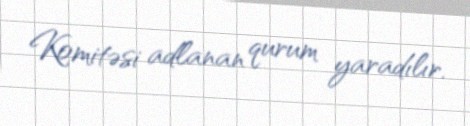
Komitəsi adlanan qurum yaradılır.